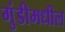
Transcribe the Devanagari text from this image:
गुंडीमधील